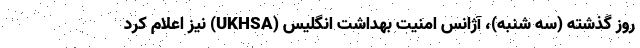
روز گذشته (سه شنبه)، آژانس امنیت بهداشت انگلیس (UKHSA) نیز اعلام کرد